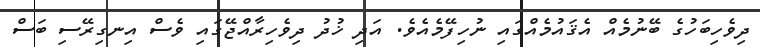
ދިވެހިބަހުގެ ބޭނުމެއް އެޤައުމެއްގައި ނުހިފޭމެއެވެ. އަދި ޚުދު ދިވެހިރާއްޖޭގައި ވެސް އިނގިރޭސި ބަސް